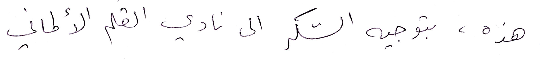
هذه، بتوجيه الشكر الى نادي القلم الألماني